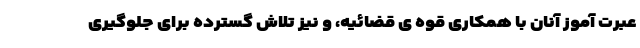
عبرت آموز آنان با همکاری قوه ی قضائیه، و نیز تلاش گسترده برای جلوگیری